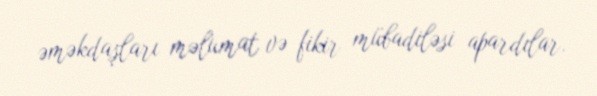
əməkdaşları məlumat və fikir mübadiləsi apardılar.